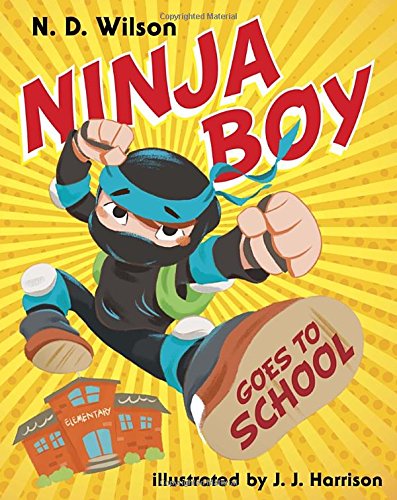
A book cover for Ninja Boy Goes to School; N. D. Wilson; Children's Books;